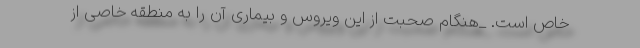
خاص است. _هنگام صحبت از این ویروس و بیماری آن را به منطقه‌ خاصی از